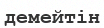
демейтін